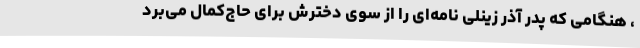
، هنگامی که پدر آذر زینلی نامه‌ای را از سوی دخترش برای حاج‌کمال می‌برد